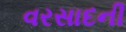
વરસાદની